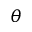
\theta